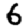
Digit: 6